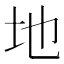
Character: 地